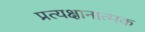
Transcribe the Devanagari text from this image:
प्रत्यक्षानात्मक